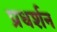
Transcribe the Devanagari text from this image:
प्रधर्शन